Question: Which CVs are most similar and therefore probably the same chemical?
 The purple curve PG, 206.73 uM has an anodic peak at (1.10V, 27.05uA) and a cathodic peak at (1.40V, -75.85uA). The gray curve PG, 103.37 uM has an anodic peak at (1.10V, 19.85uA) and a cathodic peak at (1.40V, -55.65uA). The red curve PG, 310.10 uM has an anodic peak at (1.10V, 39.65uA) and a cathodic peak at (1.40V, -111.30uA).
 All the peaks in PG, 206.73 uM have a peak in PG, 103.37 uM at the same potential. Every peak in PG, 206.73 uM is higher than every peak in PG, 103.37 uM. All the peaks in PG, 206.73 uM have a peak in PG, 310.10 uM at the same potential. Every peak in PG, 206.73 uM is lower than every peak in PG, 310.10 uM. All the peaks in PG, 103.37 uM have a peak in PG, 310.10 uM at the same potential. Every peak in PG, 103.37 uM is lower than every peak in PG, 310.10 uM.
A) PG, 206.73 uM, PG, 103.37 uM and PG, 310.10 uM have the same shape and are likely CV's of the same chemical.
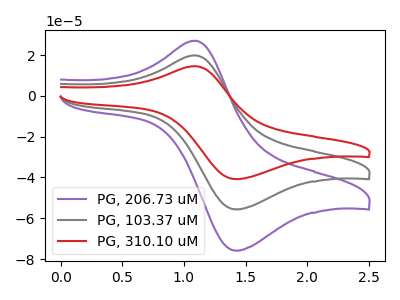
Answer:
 <answer>A) "PG, 206.73 uM", "PG, 103.37 uM" and "PG, 310.10 uM" have the same shape and are likely CV's of the same chemical.</answer>
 <eval>A</eval>